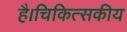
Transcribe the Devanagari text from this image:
है।चिकित्सकीय